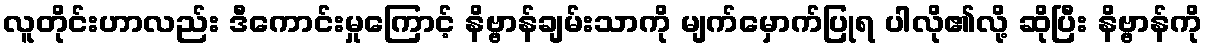
လူတိုင်းဟာလည်း ဒီကောင်းမှုကြောင့် နိဗ္ဗာန်ချမ်းသာကို မျက်မှောက်ပြုရ ပါလို၏လို့ ဆိုပြီး နိဗ္ဗာန်ကို